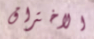
الاختراق